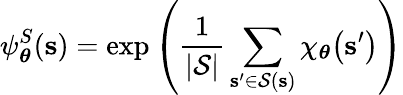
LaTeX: \psi_{\boldsymbol\theta}^{S}(\mathbf{s})=\exp\left(\frac{1}{|\mathcal{S}|}\sum_{\mathbf{s^{\prime}}\in\mathcal{S}(\mathbf{s})}\chi_{\boldsymbol\theta}\big(\mathbf{s^{\prime}}\big)\right)